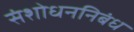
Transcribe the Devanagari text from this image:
संशोधननिबंध